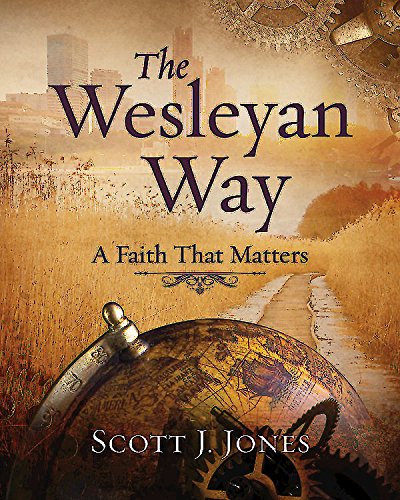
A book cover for The Wesleyan Way Student Book: A Faith That Matters; Scott J. Jones; Christian Books & Bibles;